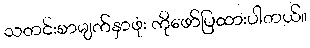
သတင်းစာမျက်နှာဖုံး ကိုဖော်ပြထားပါတယ်။